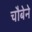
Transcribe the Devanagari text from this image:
चौबेने